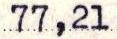
77,21